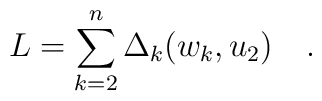
L = \sum_{k=2}^n \Delta_k(w_k,u_2)\quad.